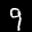
Label: 9